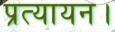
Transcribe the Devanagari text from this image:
प्रत्यायन।